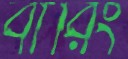
বারিং